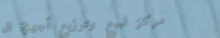
مركز لبيع وتوزيع أجهزة ال